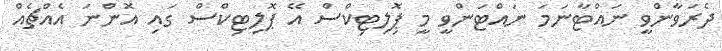
ދެރަވާންވީ ނައްޓާނަމަ ނައްޓަންވީ މީ ޕޮިލިޓިކްސް އޭ ޕޮލިޓިކްސް ގައި އޮންނަ އެއްޗެއް